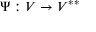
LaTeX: \Psi : V \to V ^ { * * }